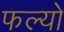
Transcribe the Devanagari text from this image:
फल्‍यो